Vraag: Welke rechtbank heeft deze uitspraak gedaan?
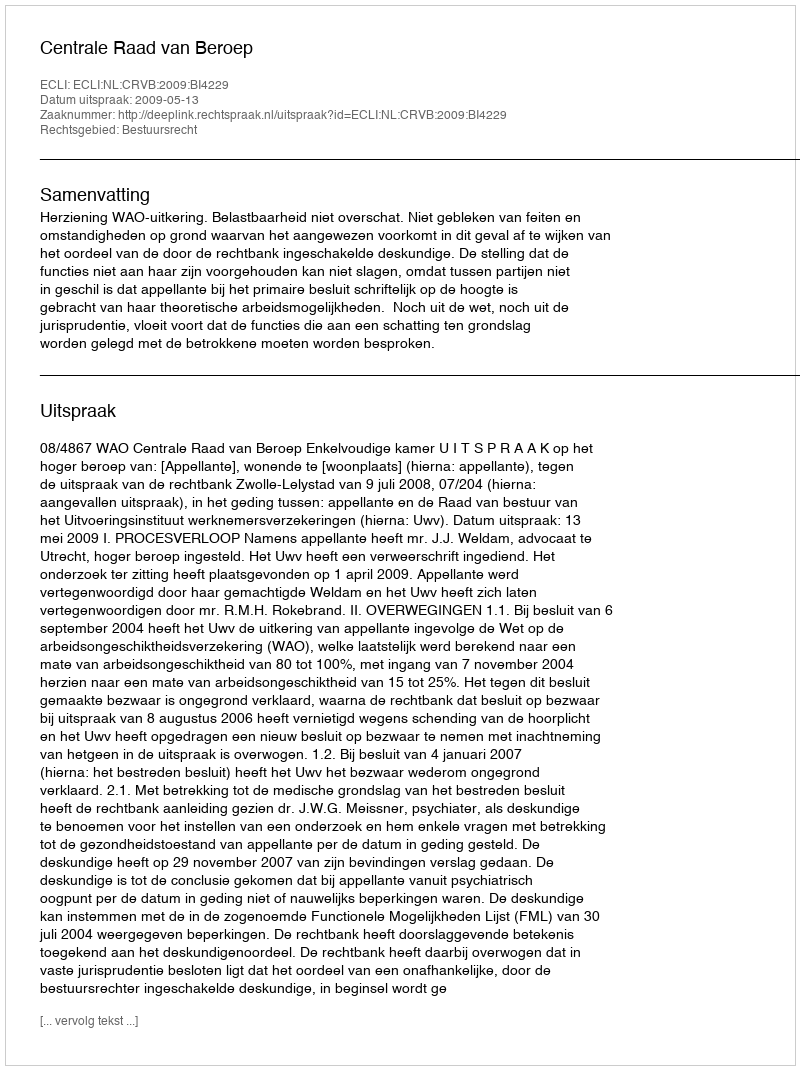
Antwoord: Centrale Raad van Beroep